Report of the Indian Hemp Drugs Commission, 1894-1895 - Volume V
Year: 1894
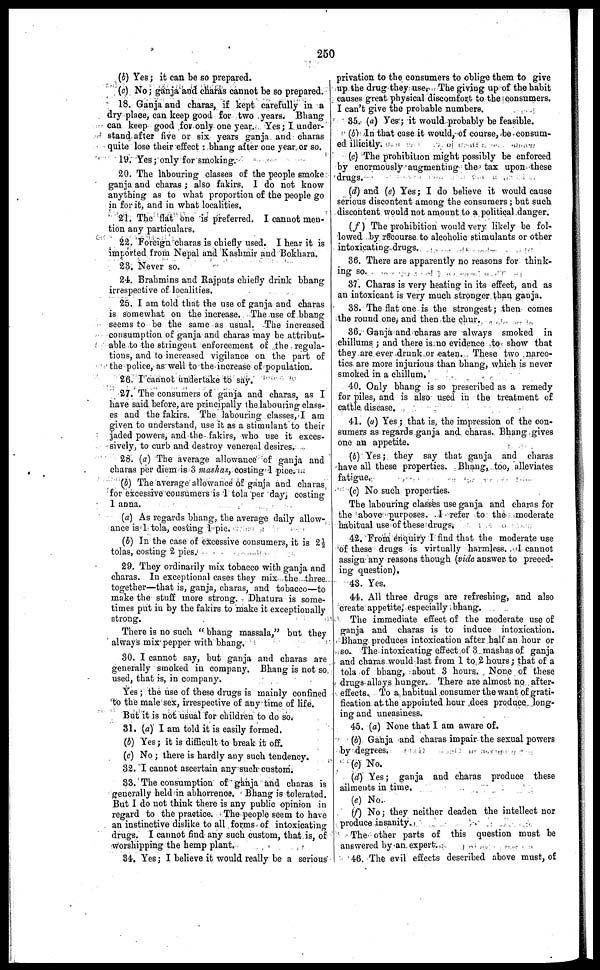
250
(b) Yes ; it can be so prepared.
(c) No ; ganja and charas cannot be so prepared.
18. Ganja and charas, if kept carefully in a
dry place, can keep good for two years. Bhang
can keep good for only one year. Yes ; I under-
stand after five or six years ganja and charas
quite lose their effect : bhang after one year or so.
19. Yes ; only for smoking.
20. The labouring classes of the people smoke
ganja and charas ; also fakirs. 1 do not know
anything as to what proportion of the people go
in for it, and in what localities.
21. The flat one is preferred. I cannot men-
tion any particulars.
22. Foreign charas is chiefly used. I hear it is
imported from Nepal and Kashmir and Bokhara.
23. Never so.
24. Brahmins and Rajputs chiefly drink bhang
irrespective of localities.
25. I am told that the use of ganja and charas
is somewhat on the increase. The use of bhang
seems to be the same as usual. The increased
consumption of ganja and charas may be attribut-
able to the stringent enforcement of the regula-
tions, and to increased vigilance on the part of
the police, as well to the increase of population.
26. I cannot undertake to say.
27. The consumers of ganja and charas, as I
have said before, are principally the labouring class-
es and the fakirs. The labouring classes, I am
given to understand, use it as a stimulant to their
jaded powers, and the fakirs, who use it exces-
sively, to curb and destroy venereal desires.
28. (a) The average allowance of ganja and
charas per diem is 3 mashas, costing 1 pice.
(b) The average allowance of ganja and charas,
for excessive consumers is 1 tola per day, costing
1 anna.
(a) As regards bhang, the average daily allow-
ance is 1 tola, costing 1 pie.
(b) In the case of excessive consumers, it is 2½
tolas, costing 2 pies.
29. They ordinarily mix tobacco with ganja and
charas. In exceptional cases they mix the three
together—that is, ganja, charas, and tobacco—to
make the stuff more strong. Dhatura is some-
times put in by the fakirs to make it exceptionally
strong.
There is no such "bhang massala," but they
always mix pepper with bhang.
30. I cannot say, but ganja and charas are
generally smoked in company. Bhang is not so
used, that is, in company.
Yes ; the use of these drugs is mainly confined
to the male sex, irrespective of any time of life.
But it is not usual for children to do so.
31. (a) I am told it is easily formed.
(b) Yes ; it is difficult to break it off.
(c) No ; there is hardly any such tendency.
32. I cannot ascertain any such custom.
33. The consumption of ganja and charas is
generally held in abhorrence. Bhang is tolerated.
But I do not think there is any public opinion in
regard to the practice. The people seem to have
an instinctive dislike to all forms of intoxicating
drugs. I cannot find any such custom, that is, of
worshipping the hemp plant.
34. Yes ; I believe it would really be a serious
privation to the consumers to oblige them to give
up the drug they use. The giving up of the habit
causes great physical discomfort to the consumers.
I can't give the probable numbers.
35. (a) Yes ; it would probably be feasible.
(b) In that case it would, of course, be consum-
ed illicitly.
(c) The prohibition might possibly be enforced
by enormously augmenting the tax upon these
drugs.
(d) and (e) Yes ; I do believe it would cause
serious discontent among the consumers ; but such
discontent would not amount to a political danger.
(f) The prohibition would very likely be fol-
lowed by recourse to alcoholic stimulants or other
intoxicating drugs.
36. There are apparently no reasons for think-
ing so.
37. Charas is very heating in its effect, and as
an intoxicant is very much stronger than ganja.
38. The flat one is the strongest; then comes
the round one, and then the chur.
36. Ganja and charas are always smoked in
chillums ; and there is no evidence to show that
they are ever drunk or eaten. These two narco-
tics are more injurious than bhang, which is never
smoked in a chillum.
40. Only bhang is so prescribed as a remedy
for piles, and is also used in the treatment of
cattle disease.
41. (a) Yes ; that is, the impression of the con-
sumers as regards ganja and charas. Bhang gives
one an appetite.
(b) Yes ; they say that ganja and charas
have all these properties. Bhang, too, alleviates
fatigue.
(c) No such properties.
The labouring classes use ganja and charas for
the above purposes. I refer to the moderate
habitual use of these drugs,
42. From enquiry I find that the moderate use
of these drugs is virtually harmless. I cannot
assign any reasons though (vide answer to preced-
ing question).
43. Yes.
44. All three drugs are refreshing, and also
create appetite, especially bhang.
The immediate effect of the moderate use of
ganja and charas is to induce intoxication.
Bhang produces intoxication after half an hour or
so. The intoxicating effect of 3 mashas of ganja
and charas would last from 1 to 2 hours ; that of a
tola of bhang, about 3 hours. None of these
drugs allays hunger. There are almost no after-
effects. To a habitual consumer the want of grati-
fication at the appointed hour does produce long-
ing and uneasiness.
45. (a) None that I am aware of.
(b) Ganja and charas impair the sexual powers
by degrees.
(c) No.
(d) Yes ; ganja and charas produce these
ailments in time,
(e) No.
(f) No ; they neither deaden the intellect nor
produce insanity.
The other parts of this question must be
answered by an expert.
46. The evil effects described above must, of